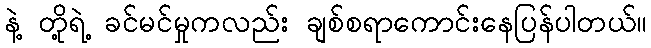
နဲ့ တို့ရဲ့ ခင်မင်မှုကလည်း ချစ်စရာကောင်းနေပြန်ပါတယ်။